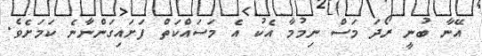
އޭނާ ބުނީ ރޯދަ މަސް ނިމުމާ އެކު އެ މަސައްކަތް ފަށައިގަންނާނެ ކަމަށެވެ.